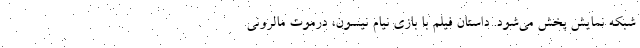
شبکه نمایش پخش می‌شود. داستان فیلم با بازی نیام نیسون، درموت مالرونی